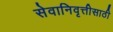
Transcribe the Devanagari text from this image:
सेवानिवृत्तीसाठी